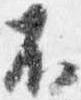
不